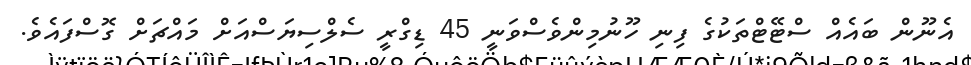
އެނޫން ބައެއް ސްޓޭޓްތަކުގެ ފިނި ހޫނުމިންވެސްވަނީ 45 ޑިގްރީ ސެލްސިޔަސްއަށް މައްޗަށް ގޮސްފައެވެ.